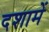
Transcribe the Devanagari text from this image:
दशामें